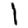
Digit: 1